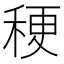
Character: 稉